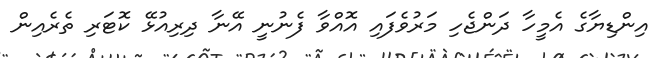
އިންޑިޔާގެ އެމީހާ ދަންޖެހި މަރުވެފައި އޮއްވާ ފެނުނީ އޭނާ ދިރިއުޅޭ ކޮޓަރި ތެރެއިން